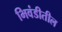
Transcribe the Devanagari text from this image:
भिवंडीतील